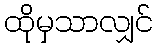
ထိုမှသာလျှင်